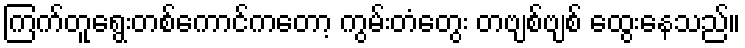
ကြက်တူရွေးတစ်ကောင်ကတော့ ကွမ်းတံတွေး တဗျစ်ဗျစ် ထွေးနေသည်။